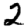
Digit: 2